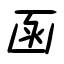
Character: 函